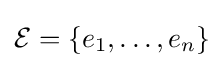
{\mathcal {E}}=\left\{e_{1},\ldots ,e_{n}\right\}